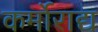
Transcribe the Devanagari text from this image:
कर्मोराद्य